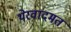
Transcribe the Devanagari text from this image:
थेरवादमत